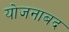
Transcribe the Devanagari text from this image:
योजनाबद